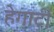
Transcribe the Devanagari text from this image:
हेगार्टी